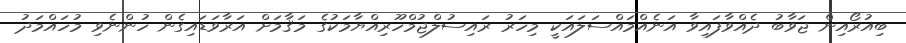
ބިއުރޯއިން ޖަވާބު ދެއްވާފައިވާ އަނެއްމައްސަލައަކީ މިހަރު ރައިސުލްޖުމްހޫރިއްޔާމަކުގެ މަޤާމަށް އަރާވަޑައިގެން ހުންނެވި މުހައްމަދު